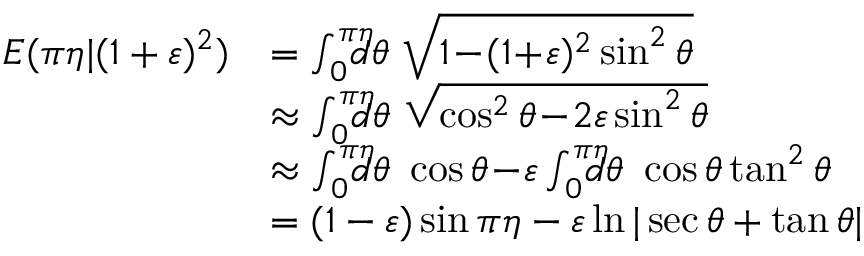
\begin{array} { r l } { E ( \pi \eta | ( 1 + \varepsilon ) ^ { 2 } ) } & { = \int _ { 0 } ^ { \pi \eta } \! \! \! \! \! d \theta \ \sqrt { 1 \! - \! ( 1 \! + \! \varepsilon ) ^ { 2 } \sin ^ { 2 } \theta } } \\ & { \approx \int _ { 0 } ^ { \pi \eta } \! \! \! \! \! d \theta \ \sqrt { \cos ^ { 2 } \theta \! - \! 2 \varepsilon \sin ^ { 2 } \theta } } \\ & { \approx \int _ { 0 } ^ { \pi \eta } \! \! \! \! \! d \theta \ \cos \theta \! - \! \varepsilon \int _ { 0 } ^ { \pi \eta } \! \! \! \! \! d \theta \ \cos \theta \tan ^ { 2 } \theta } \\ & { = ( 1 - \varepsilon ) \sin \pi \eta - \varepsilon \ln | \sec \theta + \tan \theta | } \end{array}